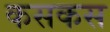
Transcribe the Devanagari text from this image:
कसकस